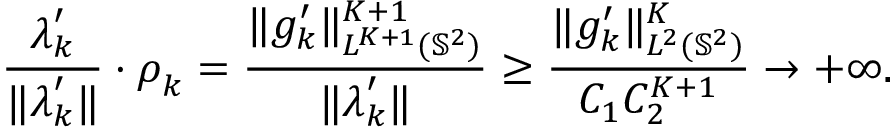
\frac { \boldsymbol { \lambda } _ { k } ^ { \prime } } { \| \boldsymbol { \lambda } _ { k } ^ { \prime } \| } \cdot \boldsymbol { \rho } _ { k } = \frac { \| g _ { k } ^ { \prime } \| _ { L ^ { K + 1 } ( \mathbb { S } ^ { 2 } ) } ^ { K + 1 } } { \| \boldsymbol { \lambda } _ { k } ^ { \prime } \| } \geq \frac { \| g _ { k } ^ { \prime } \| _ { L ^ { 2 } ( \mathbb { S } ^ { 2 } ) } ^ { K } } { C _ { 1 } C _ { 2 } ^ { K + 1 } } \rightarrow + \infty .